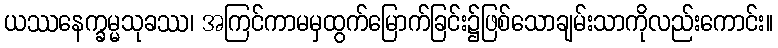
ယဿနေက္ခမ္မသုခဿ၊ အကြင်ကာမမှထွက်မြောက်ခြင်း၌ဖြစ်သောချမ်းသာကိုလည်းကောင်း။